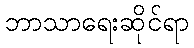
ဘာသာရေးဆိုင်ရာ